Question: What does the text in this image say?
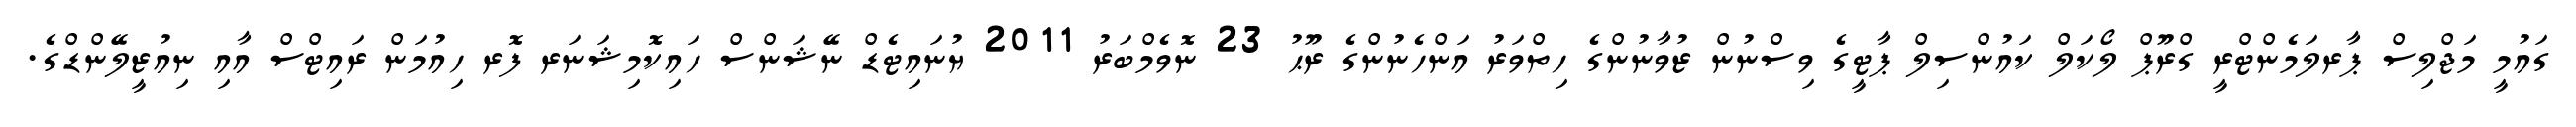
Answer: ގައުމީ މަޖްލިސް ޕާރލަމެންޓްރީ ގްރޫޕް ލޯކަލް ކައުންސިލް ޕާޓީގެ ވިސްނުން ޒުވާނުންގެ ހިތްވަރު އަންހެނުންގެ ރޫޙު 23 ނޮވެމްބަރު 2011 ޔުނައިޓެޑް ނޭޝަންސް ހައިކޮމިޝަނަރ ފޮރ ހިއުމަން ރައިޓްސް އާއި ނިއުޒީލޭންޑްގެ.